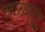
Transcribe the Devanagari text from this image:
सप्तधातू